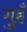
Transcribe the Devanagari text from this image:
गुहँ